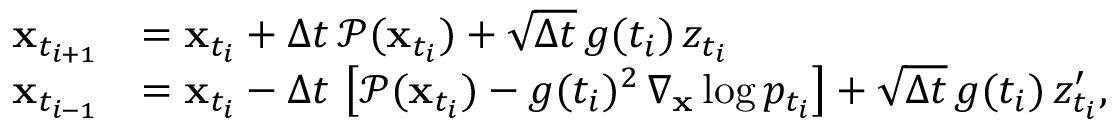
\begin{array} { r l } { \mathbf { x } _ { t _ { i + 1 } } } & { = \mathbf { x } _ { t _ { i } } + \Delta t \, \mathcal { P } ( \mathbf { x } _ { t _ { i } } ) + \sqrt { \Delta t } \, g ( t _ { i } ) \, z _ { t _ { i } } } \\ { \mathbf { x } _ { t _ { i - 1 } } } & { = \mathbf { x } _ { t _ { i } } - \Delta t \, \left[ \mathcal { P } ( \mathbf { x } _ { t _ { i } } ) - g ( t _ { i } ) ^ { 2 } \, \nabla _ { \mathbf { x } } \log p _ { t _ { i } } \right] + \sqrt { \Delta t } \, g ( { t _ { i } } ) \, z _ { t _ { i } } ^ { \prime } , } \end{array}